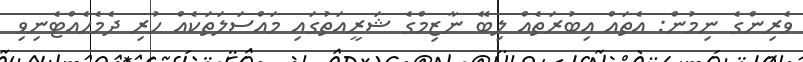
ވެރިންގެ ނިމުން: އެތައް އިބުރަތެއް ލިބޭ ނާޒިމްގެ ޝަރީއަތުގައި މައްސަލަތަކެއް ހުރި ދެމެހެއްޓެނިވި